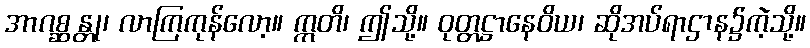
အာဂစ္ဆန္တု၊ လာကြကုန်လော့။ ဣတိ၊ ဤသို့။ ဝုတ္တဋ္ဌာနေဝိယ၊ ဆိုအပ်ရာဌာန၌ကဲ့သို့။